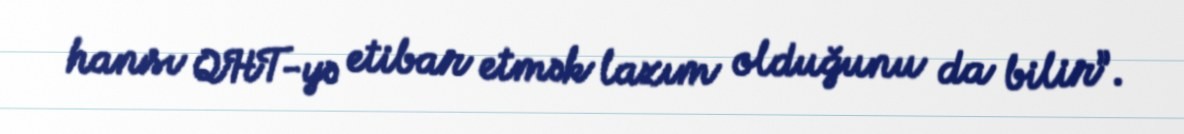
hansı QHT-yə etibar etmək lazım olduğunu da bilir”.